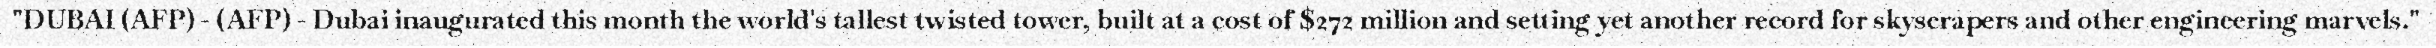
"DUBAI (AFP) - (AFP) - Dubai inaugurated this month the world's tallest twisted tower, built at a cost of $272 million and setting yet another record for skyscrapers and other engineering marvels."